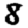
Digit: 8